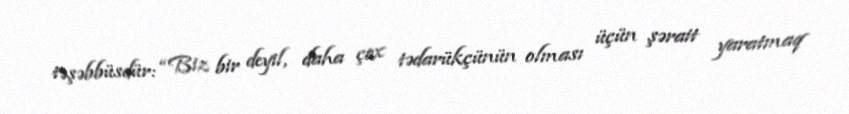
təşəbbüsdür: “Biz bir deyil, daha çox tədarükçünün olması üçün şərait yaratmaq